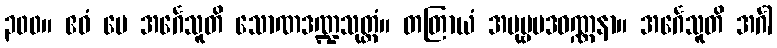
၃၀၀။ ဧဝံ မေ အင်္ဂေသူတိ သောဏဒဏ္ဍသုတ္တံ။ တတြာယံ အပုဗ္ဗပဒဝဏ္ဏနာ။ အင်္ဂေသူတိ အင်္ဂါ